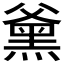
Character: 𮮕